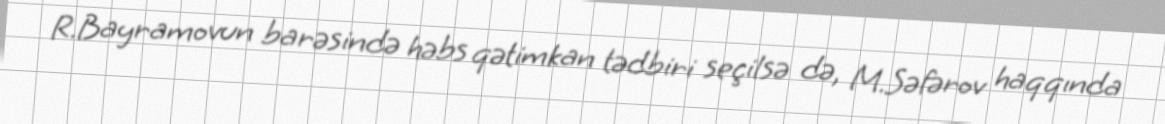
R.Bayramovun barəsində həbs qətimkan tədbiri seçilsə də, M.Səfərov haqqında